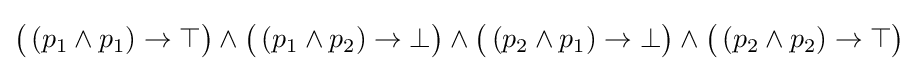
{\big (}\left(p_{1}\wedge p_{1}\right)\rightarrow \top {\big )}\wedge {\big (}\left(p_{1}\wedge p_{2}\right)\rightarrow \bot {\big )}\wedge {\big (}\left(p_{2}\wedge p_{1}\right)\rightarrow \bot {\big )}\wedge {\big (}\left(p_{2}\wedge p_{2}\right)\rightarrow \top {\big )}